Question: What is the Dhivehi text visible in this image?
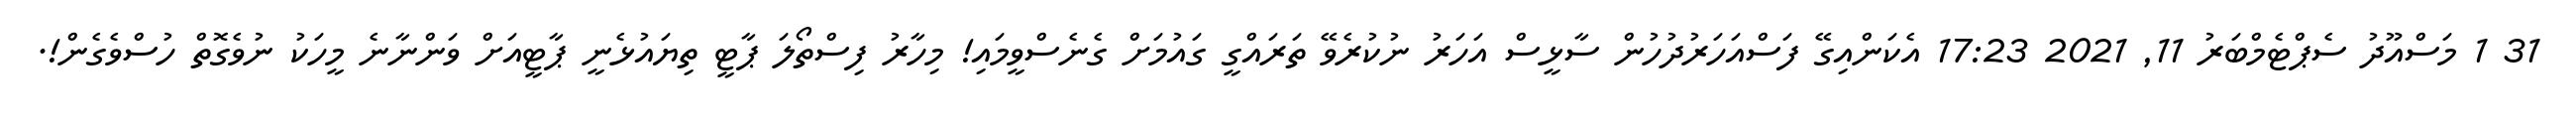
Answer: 31 1 މަސްއޫދު ސެޕްޓެމްބަރު 11, 2021 17:23 އެކަންއިގޭ ފަސްއަހަރުދުހުން ސާޅީސް އަހަރު ނުކުރެވޭ ތަރައްގީ ގައުމަށް ގެނެސްވީމައި! މިހާރު ފިސްތޯލަ ޕާޓީ ތިޔައުޅެނީ ޕާޓީއަށް ވަންނާނެ މީހަކު ނުވެގޮތް ހުސްވެގެން!.